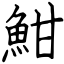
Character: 魽